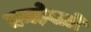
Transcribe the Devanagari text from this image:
चमड़ेवाले